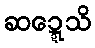
ဆဍ္ဍေသိ